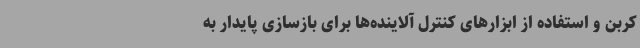
کربن و استفاده از ابزارهای کنترل آلاینده‌ها برای بازسازی پایدار به